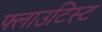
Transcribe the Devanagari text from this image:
फ्लाउटिस्ट